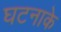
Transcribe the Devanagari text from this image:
घटनाके